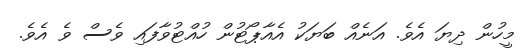
މީހުން ދިޔަ އެވެ. އަނެއް ބަޔަކު އެއާޕޯޓުން ހުއްޓުވާފައި ވެސް ވެ އެވެ.